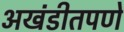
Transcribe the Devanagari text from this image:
अखंडीतपणे